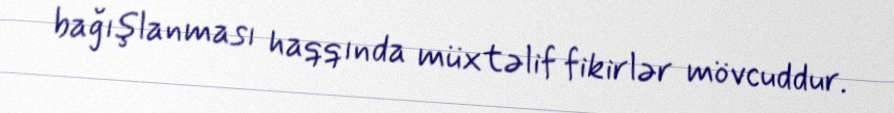
bağışlanması haqqında müxtəlif fikirlər mövcuddur.